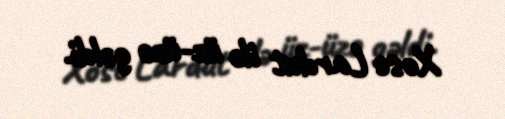
Xose Lardut ilə üz-üzə gəldi.